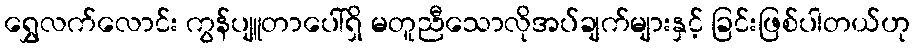
ရွှေလက်လောင်း ကွန်ပျူတာပေါ်ရှိ မတူညီသောလိုအပ်ချက်များနှင့် ခြင်းဖြစ်ပါတယ်ဟု